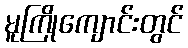
မူကြိုကျောင်းတွင်